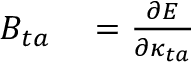
\begin{array} { r l } { B _ { t a } } & { { } = \frac { \partial E } { \partial \kappa _ { t a } } } \end{array}